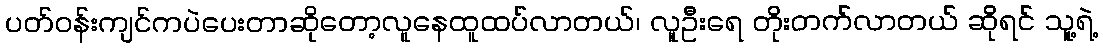
ပတ်ဝန်းကျင်ကပဲပေးတာဆိုတော့လူနေထူထပ်လာတယ်၊ လူဦးရေ တိုးတက်လာတယ် ဆိုရင် သူ့ရဲ့